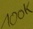
Text: 100K